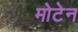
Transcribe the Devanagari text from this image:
मोटेन